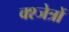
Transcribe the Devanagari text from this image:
क्श्जेत्रों